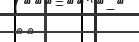
٤٢